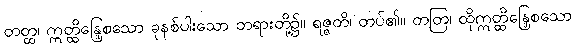
တတ္ထ၊ ဣတ္ထိန္ဒြေစသော ခုနစ်ပါးသော တရားတို့၌။ ရဇ္ဇတိ၊ တပ်၏။ တတြ၊ ထိုဣတ္ထိန္ဒြေစသော